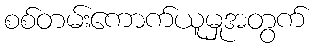
စစ်တမ်းကောက်ယူမှုအတွက်